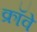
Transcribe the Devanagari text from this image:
क्रॉवे